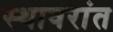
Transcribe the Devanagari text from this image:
स्थावरांत